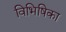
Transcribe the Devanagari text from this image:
विभिषिका